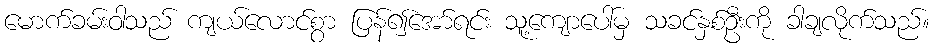
မောက်ခမ်းဝါသည် ကျယ်လောင်စွာ ပြန်၍အော်ရင်း သူ့ကျောပေါ်မှ သခင်နှစ်ဦးကို ခါချလိုက်သည်။